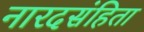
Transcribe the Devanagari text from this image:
नारदसंहिता